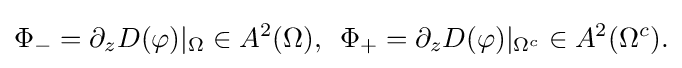
\displaystyle {\Phi _{-}=\partial _{z}D(\varphi )|_{\Omega }\in A^{2}(\Omega ),\,\,\,\Phi _{+}=\partial _{z}D(\varphi )|_{\Omega ^{c}}\in A^{2}(\Omega ^{c}).}